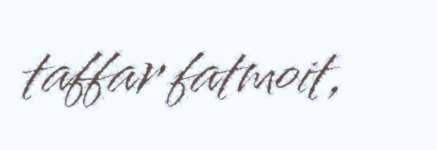
taffar fatmoit,